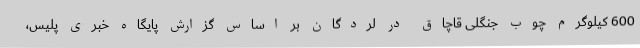
600 کیلوگرم چوب جنگلی قاچاق در لردگان بر اساس گزارش پایگاه خبری پلیس،